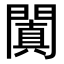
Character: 闐